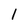
Character: 1